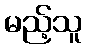
မည့်သူ